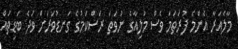
މާލެއަރާ އެންމެ ފުރަތަމަ ވެސް މުލިއާގެ ނުވަތަ ރަސްކަމުގެ ގަނޑުވަރަށް ވަދެ ބަޑިތައް